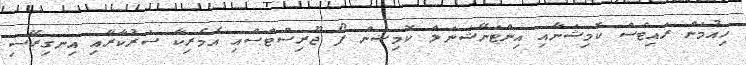
ހިއުމަން ރައިޓްސް ކޮމިޝަނާއި އިންޓަނޭޝަނަލް ކޮމިޝަން ފޯ ޖޫރިސްޓްސްއި އެމެރިކާ ސަރުކާރާއި އިނގިރޭސި